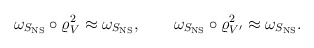
\begin{align*}\omega_{S_{\rm NS}} \circ \varrho_V^2\approx \omega_{S_{\rm NS}}, \qquad\omega_{S_{\rm NS}} \circ \varrho_{V'}^2\approx \omega_{S_{\rm NS}}.\end{align*}